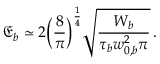
{ \mathfrak E } _ { b } \simeq 2 \Bigl ( \frac { 8 } { \pi } \Bigr ) ^ { \frac { 1 } { 4 } } \sqrt { \frac { W _ { b } } { \tau _ { b } w _ { 0 , b } ^ { 2 } \pi } } \, .